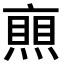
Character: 𠆐